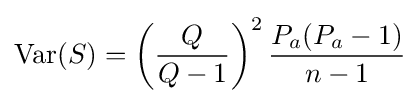
\operatorname {Var} (S)=\left({\frac {Q}{Q-1}}\right)^{2}{\frac {P_{a}(P_{a}-1)}{n-1}}